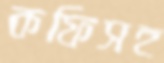
কফিসহ